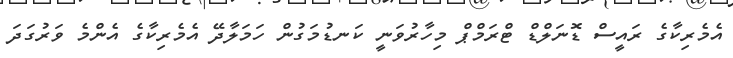
އެމެރިކާގެ ރައީސް ޑޮނަލްޑް ޓްރަމްޕް މިހާރުވަނީ ކަނޑުމަގުން ހަމަލާދޭ އެމެރިކާގެ އެންމެ ވަރުގަދަ